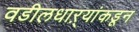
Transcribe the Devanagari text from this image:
वडीलधाऱ्यांकडून